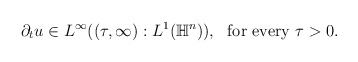
\begin{align*} \begin{aligned} \partial _t u\in L^{\infty}((\tau,\infty):L^1(\mathbb{H}^n)),\rm{ ~~for ~every ~} \tau>0. \end{aligned}\end{align*}